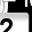
Digit: 2